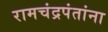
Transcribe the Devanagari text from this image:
रामचंद्रपंतांना